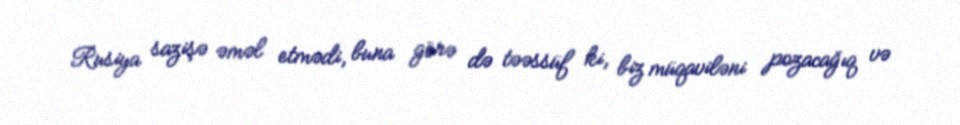
Rusiya sazişə əməl etmədi, buna görə də təəssüf ki, biz müqaviləni pozacağıq və